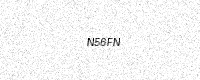
Text: N56FN